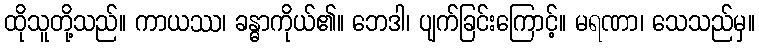
ထိုသူတို့သည်။ ကာယဿ၊ ခန္ဓာကိုယ်၏။ ဘေဒါ၊ ပျက်ခြင်းကြောင့်။ မရဏာ၊ သေသည်မှ။